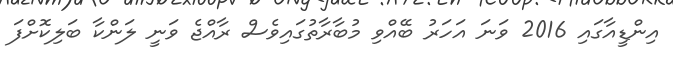
އިންޑީއާގައި 2016 ވަނަ އަހަރު ބޭއްވި މުބާރާތުގައިވެސް ރާއްޖެ ވަނީ ލަންކާ ބަލިކޮށްފަ